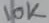
Text: 10K